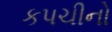
કપચીનો